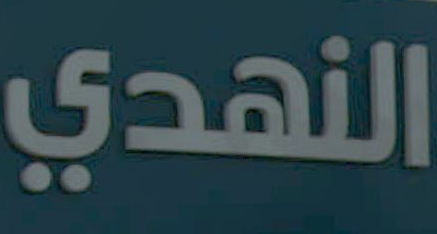
النهدي